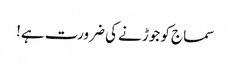
سماج کو جوڑنے کی ضرورت ہے!